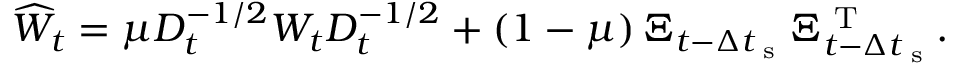
\widehat { W } _ { t } = \mu D _ { t } ^ { - 1 / 2 } W _ { t } D _ { t } ^ { - 1 / 2 } + \left( 1 - \mu \right) \Xi _ { t - \Delta t _ { \textrm { s } } } \Xi _ { t - \Delta t _ { \textrm { s } } } ^ { \textrm { T } } .